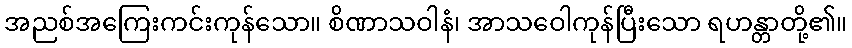
အညစ်အကြေးကင်းကုန်သော။ စိဏာသဝါနံ၊ အာသဝေါကုန်ပြီးသော ရဟန္တာတို့၏။